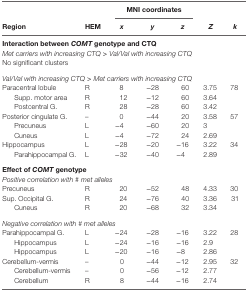
<table><thead><tr><td></td><td></td><td colspan="3"><b>MNI coordinates</b></td><td></td><td></td></tr><tr><td><b>Region</b></td><td><b>HEM</b></td><td><b><i>x</i></b></td><td><b><i>y</i></b></td><td><b><i>z</i></b></td><td><b><i>Z</i></b></td><td><b><i>k</i></b></td></tr></thead><tbody><tr><td colspan="7"><b>Interaction between <i>COMT</i> genotype and CTQ</b></td></tr><tr><td colspan="7"><i>Met carriers with increasing CTQ &gt; Val/Val with increasing CTQ</i></td></tr><tr><td colspan="7">No significant clusters</td></tr><tr><td colspan="7"><i>Val/Val with increasing CTQ &gt; Met carriers with increasing CTQ</i></td></tr><tr><td>Paracentral lobule</td><td>R</td><td>8</td><td>−28</td><td>60</td><td>3.75</td><td>78</td></tr><tr><td> Supp. motor area</td><td>R</td><td>12</td><td>−12</td><td>60</td><td>3.64</td><td></td></tr><tr><td> Postcentral G.</td><td>R</td><td>28</td><td>−28</td><td>60</td><td>3.42</td><td></td></tr><tr><td>Posterior cingulate G.</td><td>–</td><td>0</td><td>−44</td><td>20</td><td>3.58</td><td>57</td></tr><tr><td> Precuneus</td><td>L</td><td>−4</td><td>−60</td><td>20</td><td>3</td><td></td></tr><tr><td> Cuneus</td><td>L</td><td>−4</td><td>−72</td><td>24</td><td>2.69</td><td></td></tr><tr><td>Hippocampus</td><td>L</td><td>−28</td><td>−20</td><td>−16</td><td>3.22</td><td>34</td></tr><tr><td> Parahippocampal G.</td><td>L</td><td>−32</td><td>−40</td><td>−4</td><td>2.89</td><td></td></tr><tr><td colspan="7"><b>Effect of <i>COMT</i> genotype</b></td></tr><tr><td colspan="7"><i>Positive correlation with # met alleles</i></td></tr><tr><td>Precuneus</td><td>R</td><td>20</td><td>−52</td><td>48</td><td>4.33</td><td>30</td></tr><tr><td>Sup. Occipital G.</td><td>R</td><td>24</td><td>−76</td><td>40</td><td>3.36</td><td>31</td></tr><tr><td> Cuneus</td><td>R</td><td>20</td><td>−68</td><td>32</td><td>3.34</td><td></td></tr><tr><td colspan="7"><i>Negative correlation with # met alleles</i></td></tr><tr><td>Parahippocampal G.</td><td>L</td><td>−24</td><td>−28</td><td>−16</td><td>3.22</td><td>28</td></tr><tr><td> Hippocampus</td><td>L</td><td>−24</td><td>−16</td><td>−16</td><td>2.9</td><td></td></tr><tr><td> Hippocampus</td><td>L</td><td>−20</td><td>−16</td><td>−8</td><td>2.86</td><td></td></tr><tr><td>Cerebellum-vermis</td><td>–</td><td>0</td><td>−44</td><td>−12</td><td>2.95</td><td>32</td></tr><tr><td> Cerebellum-vermis</td><td>–</td><td>0</td><td>−56</td><td>−12</td><td>2.77</td><td></td></tr><tr><td> Cerebellum</td><td>R</td><td>8</td><td>−44</td><td>−16</td><td>2.74</td><td></td></tr></tbody></table>